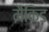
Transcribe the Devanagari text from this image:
मैकिड